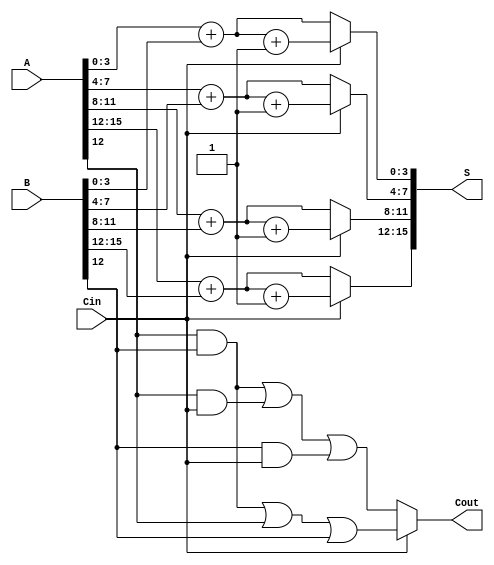
module CarrySelectAdder #(parameter n = 16, parameter m = 4) (
    input [n-1:0] A,
    input [n-1:0] B,
    input Cin,
    output [n-1:0] S,
    output Cout
);

    // Number of segments
    localparam num_segments = n / m;

    // Intermediate sums and carries
    wire [m-1:0] Sum0 [0:num_segments-1];
    wire [m-1:0] Sum1 [0:num_segments-1];
    wire C0 [0:num_segments-1];
    wire C1 [0:num_segments-1];
    wire [num_segments-1:0] carry_out;

    // Generate the segments
    genvar i;
    generate
        for (i = 0; i < num_segments; i = i + 1) begin : segment
            // Calculate the indices for the segment
            wire [m-1:0] A_segment = A[i*m +: m];
            wire [m-1:0] B_segment = B[i*m +: m];

            // Sum and carry calculations assuming Cin = 0
            assign Sum0[i] = A_segment + B_segment; // Sum when Cin = 0
            assign C0[i] = (A_segment & B_segment) | (A_segment & Cin) | (B_segment & Cin); // Carry when Cin = 0

            // Sum and carry calculations assuming Cin = 1
            assign Sum1[i] = A_segment + B_segment + 1'b1; // Sum when Cin = 1
            assign C1[i] = (A_segment & B_segment) | (A_segment & (Cin | 1'b1)) | (B_segment & (Cin | 1'b1)); // Carry when Cin = 1
        end
    endgenerate

    // MUX to select the final sum and carry based on Cin
    wire [n-1:0] final_sum;
    wire final_carry;

    generate
        for (i = 0; i < num_segments; i = i + 1) begin : mux
            assign final_sum[i*m +: m] = (Cin) ? Sum1[i] : Sum0[i];
            assign carry_out[i] = (Cin) ? C1[i] : C0[i];
        end
    endgenerate

    // Final carry out
    assign Cout = carry_out[num_segments-1];

    // Final sum output
    assign S = final_sum;

endmodule